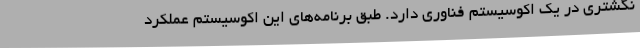
نگشتری در یک اکوسیستم فناوری دارد. طبق برنامه‌های این اکوسیستم عملکرد